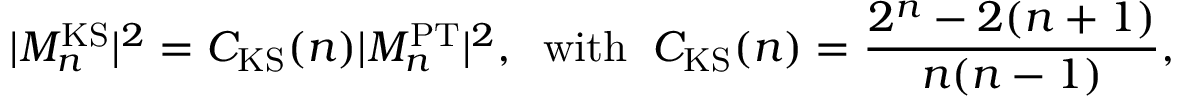
| { \cal M } _ { n } ^ { \mathrm { K S } } | ^ { 2 } = C _ { \mathrm { K S } } ( n ) | { \cal M } _ { n } ^ { \mathrm { P T } } | ^ { 2 } , \; \; \mathrm { w i t h } \; \; C _ { \mathrm { K S } } ( n ) = \frac { 2 ^ { n } - 2 ( n + 1 ) } { n ( n - 1 ) } ,